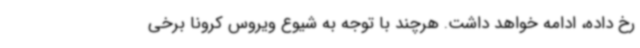
رخ داده، ادامه خواهد داشت. هرچند با توجه به شیوع ویروس کرونا برخی